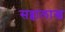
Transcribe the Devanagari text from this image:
सव्वालाख